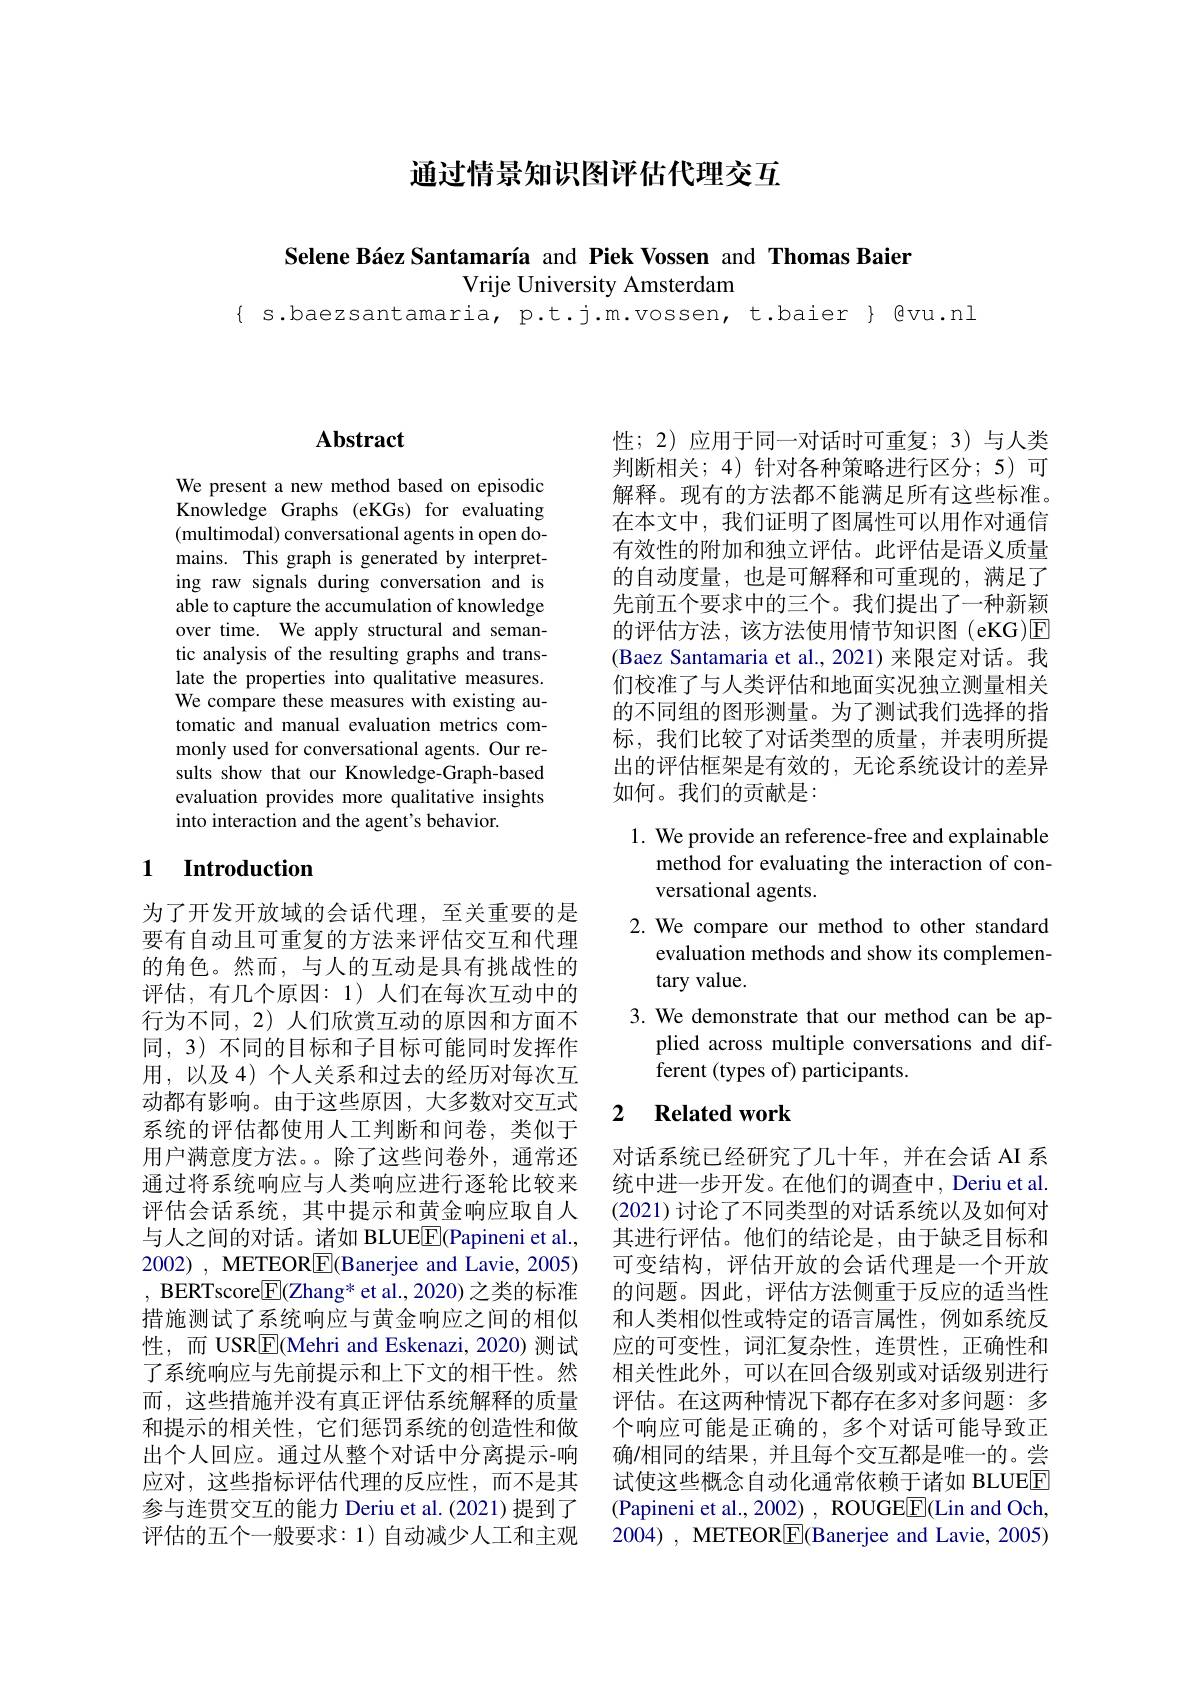
通过情景知识图评估代理交互

Selene Báez Santamaría and Piek Vossen and Thomas Baier

Vrije University Amsterdam

$\{$ s.baezsantamaria, p.t.j.m.vossen, t.baier $\}$ @vu.nl

## $\mathbf{Abstract}$

We present a new method based on episodic Knowledge Graphs (eKGs) for evaluating (multimodal) conversational agents in open domains. This graph is generated by interpreting raw signals during conversation and is able to capture the accumulation of knowledge over time. We apply structural and semantic analysis of the resulting graphs and translate the properties into qualitative measures. We compare these measures with existing automatic and manual evaluation metrics commonly used for conversational agents. Our results show that our Knowledge-Graph-based evaluation provides more qualitative insights into interaction and the agent's behavior.

### 1 Introduction

为了开发开放域的会话代理，至关重要的是要有自动且可重复的方法来评估交互和代理的角色。然而，与人的互动是具有挑战性的评估，有几个原因：1)人们在每次互动中的行为不同，2)人们欣赏互动的原因和方面不同，3) 不同的目标和子目标可能同时发挥作用，以及 4) 个人关系和过去的经历对每次互动都有影响。由于这些原因，大多数对交互式系统的评估都使用人工判断和问卷，类似于用户满意度方法。除了这些问卷外，通常还通过将系统响应与人类响应进行逐轮比较来评估会话系统，其中提示和黄金响应取自人与人之间的对话。诸如 BLUEE(Papineni et al., 2002), METEOR$\boxed{\mathrm{F}}($Banerjee and Lavie, 2005) , BERTscore$\boxed{\mathrm{F}}($Zhang* et al., 2020) 之类的标准措施测试了系统响应与黄金响应之间的相似性，而 USRE(Mehri and Eskenazi, 2020) 测试了系统响应与先前提示和上下文的相干性。然而，这些措施并没有真正评估系统解释的质量和提示的相关性，它们惩罚系统的创造性和做出个人回应。通过从整个对话中分离提示-响应对，这些指标评估代理的反应性，而不是其参与连贯交互的能力 Deriu et al.(2021)提到了评估的五个一般要求：1)自动减少人工和主观

性；2)应用于同一对话时可重复；3)与人类判断相关；4)针对各种策略进行区分；5)可解释。现有的方法都不能满足所有这些标准。在本文中，我们证明了图属性可以用作对通信有效性的附加和独立评估。此评估是语义质量的自动度量，也是可解释和可重现的，满足了先前五个要求中的三个。我们提出了一种新颖的评估方法，该方法使用情节知识图(eKG)E| (Baez Santamaria et al., 2021)来限定对话。我们校准了与人类评估和地面实况独立测量相关的不同组的图形测量。为了测试我们选择的指标，我们比较了对话类型的质量，并表明所提出的评估框架是有效的，无论系统设计的差异如何。我们的贡献是：

1. We provide an reference-free and explainable
method for evaluating the interaction of con-
versational agents.
2. We compare our method to other standard
evaluation methods and show its complemen-
tary value.
3. We demonstrate that our method can be ap-
plied across multiple conversations and dif-
ferent (types of) participants.

### 2 $\textbf{Related work}$

对话系统已经研究了几十年，并在会话 AI 系统中进一步开发。在他们的调查中，Deriu et al. (2021) 讨论了不同类型的对话系统以及如何对其进行评估。他们的结论是，由于缺乏目标和可变结构，评估开放的会话代理是一个开放的问题。因此，评估方法侧重于反应的适当性和人类相似性或特定的语言属性，例如系统反应的可变性，词汇复杂性，连贯性，正确性和相关性此外，可以在回合级别或对话级别进行评估。在这两种情况下都存在多对多问题：多个响应可能是正确的，多个对话可能导致正确/相同的结果，并且每个交互都是唯一的。尝试使这些概念自动化通常依赖于诸如 BLUEE (Papineni et al., 2002) , ROUGEE(Lin and Och, 2004), METEOR$\boxed{\mathrm{F}}($Banerjee and Lavie, 2005)